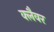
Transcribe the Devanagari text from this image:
क्लैवर